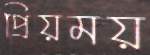
প্রিয়ময়